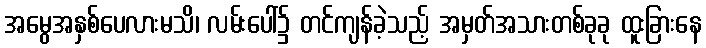
အမွေအနှစ်ပေလားမသိ၊ လမ်းပေါ်၌ တင်ကျန်ခဲ့သည့် အမှတ်အသားတစ်ခုခု ထူးခြားနေ